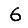
Digit: 6